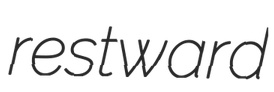
restward